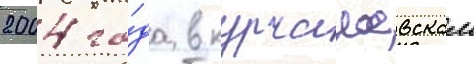
2004 го́да в курчалоевском